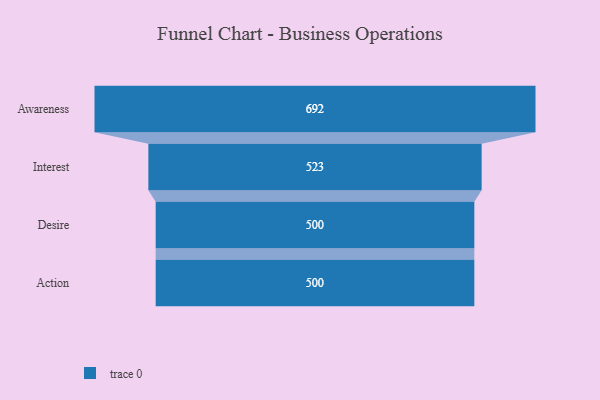
{"axis": {"x": "Stage", "y": "Value"}, "legend": [""], "data": [{"x": "Awareness", "y": 692.0, "type": ""}, {"x": "Interest", "y": 523.0, "type": ""}, {"x": "Desire", "y": 500, "type": ""}, {"x": "Action", "y": 500, "type": ""}]}